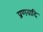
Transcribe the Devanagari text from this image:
प्रणवादि